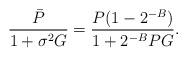
LaTeX: \begin{align*}\frac{\bar{P}}{1 + \sigma^2 G} = \frac{P(1 - 2^{-B})}{1 + 2^{-B}PG}.\end{align*}